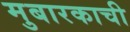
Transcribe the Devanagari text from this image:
मुबारकाची